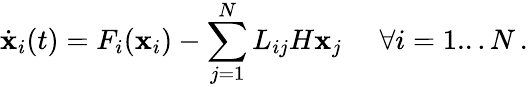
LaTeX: \dot{{\mathbf x}}_{i}(t)=F_{i}({\mathbf x}_{i})-\sum_{j=1}^{N}L_{ij}H{\mathbf x}_{j}\quad\, \, \forall i=1...N\, .